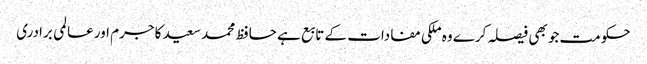
حکومت جو بھی فیصلہ کرے وہ ملکی مفادات کے تابع ہے	 حافظ محمد سعید کا جرم اور عالمی برادری